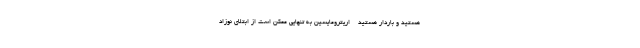
هستید و باردار هستید - اریترومایسین به تنهایی ممکن است از ابتلای نوزاد